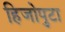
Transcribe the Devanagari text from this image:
हिजोपुटा